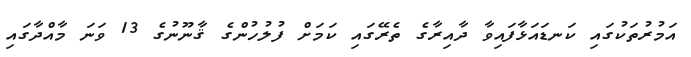
އަމުރުތަކުގައި ކަނޑައަޅާފައިވާ ދާއިރާގެ ތެރޭގައި ކަމަށް ފުލުހުންގެ ޤާނޫނުގެ 13 ވަނަ މާއްދާގައި